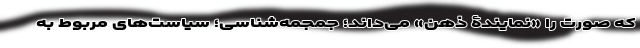
که صورت را «نمایندۀ ذهن» می‌داند؛ جمجمه‌شناسی؛ سیاست‌های مربوط به